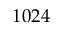
1 0 2 4